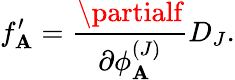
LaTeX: f_{\mathbf{A}}^{\prime}=\frac{{\partialf}}{{\partial\phi_{\mathbf{A}}^{(J)}}}D_{J}.